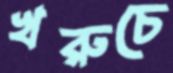
খরুচে